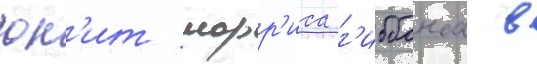
юн'ит морр'иса г'иббонса в